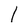
Character: 1